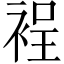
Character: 裎